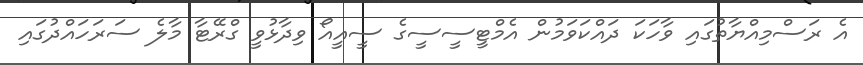
އެ ރަސްމިއްޔާތުގައި ވާހަކަ ދައްކަވަމުން އެމްޓީސީސީގެ ސީއީއޯ ވިދާޅުވީ ގްރޭޓާ މާލެ ސަރަހައްދުގައި